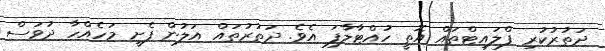
ދަތުރުކުރި ފްލައިޓްތައް އޮތީ ހުއްޓާލާފަ އެވެ. ދަތުރުތައް އަލުން ފެށީ މަހެއްހާ ދުވަސް